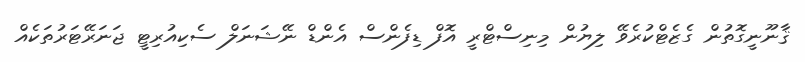
ޤާނޫނީގޮތުން ގެޒެޓްކުރެވޭ ލިޔުން މިނިސްޓްރީ އޮފް ޑިފެންސް އެންޑް ނޭޝަނަލް ސެކިއުރިޓީ ޖަނަރޭޓަރުތަކެއް